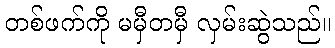
တစ်ဖက်ကို မမှီတမှီ လှမ်းဆွဲသည်။